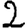
Digit: 2